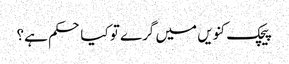
پیچک کنویں میں گرے تو کیا حکم ہے؟